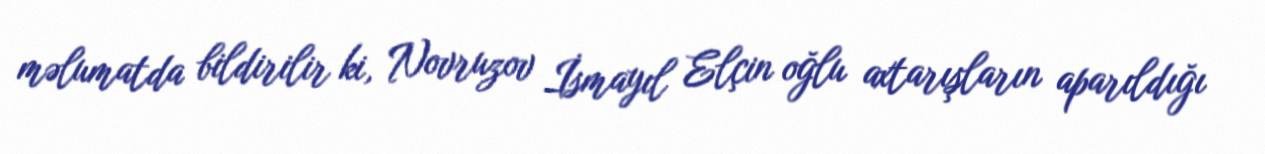
məlumatda bildirilir ki, Novruzov İsmayıl Elçin oğlu axtarışların aparıldığı